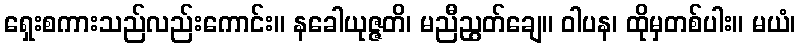
ရှေးစကားသည်လည်းကောင်း။ နခေါယုဇ္ဇတိ၊ မညီညွတ်ချေ။ ဝါပန၊ ထိုမှတစ်ပါး။ မယံ၊